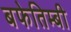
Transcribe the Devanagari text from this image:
बफेतिम्बी